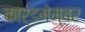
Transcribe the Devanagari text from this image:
कार्डमेम्बर